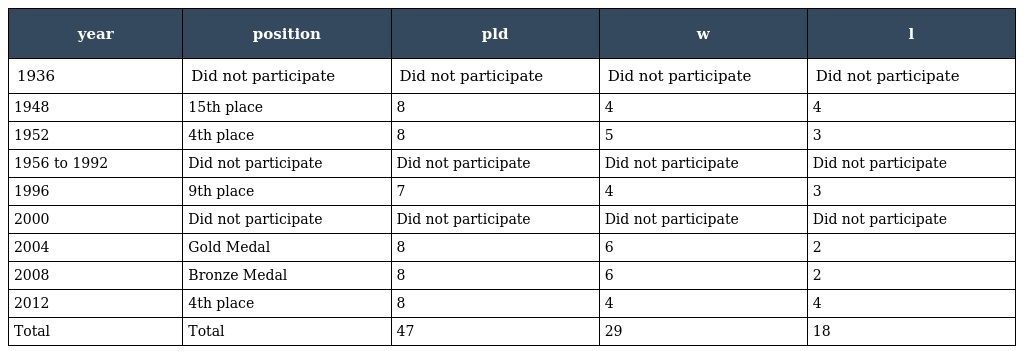
| year | position | pld | w | l |
 | --- | --- | --- | --- | --- |
 | 1936 | Did not participate | Did not participate | Did not participate | Did not participate |
 | 1948 | 15th place | 8 | 4 | 4 |
 | 1952 | 4th place | 8 | 5 | 3 |
 | 1956 to 1992 | Did not participate | Did not participate | Did not participate | Did not participate |
 | 1996 | 9th place | 7 | 4 | 3 |
 | 2000 | Did not participate | Did not participate | Did not participate | Did not participate |
 | 2004 | Gold Medal | 8 | 6 | 2 |
 | 2008 | Bronze Medal | 8 | 6 | 2 |
 | 2012 | 4th place | 8 | 4 | 4 |
 | Total | Total | 47 | 29 | 18 |